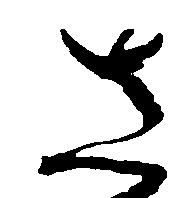
さ